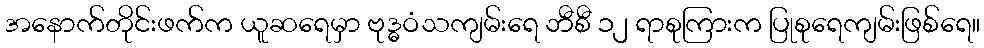
အနောက်တိုင်းဖက်က ယူဆရေမှာ ဗုဒ္ဓဝံသကျမ်းရေ ဘီစီ ၁၂ ရာစုကြားက ပြုစုရေကျမ်းဖြစ်ရေ။